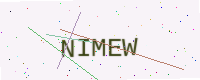
Text: NIMEW